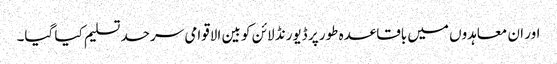
اور ان معاہدوں میں باقاعدہ طور پر ڈیورنڈ لائن کو بین الاقوامی سرحد تسلیم کیا گیا۔